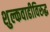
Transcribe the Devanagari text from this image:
शुल्कवाढीविरुद्ध